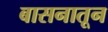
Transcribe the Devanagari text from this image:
बासनातून